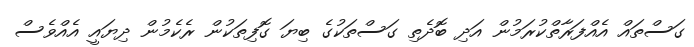
ގަސްތައް އެއްފަރާތްކުރަމުން އަދި ބޮދެތި ގަސްތަކުގެ ބިޔަ ގޮފިތަކުން ރެކެމުން ދިޔައީ އެއްވެސް